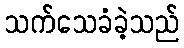
သက်သေခံခဲ့သည်